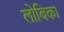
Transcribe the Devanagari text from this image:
लोबिका